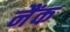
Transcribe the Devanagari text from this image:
नैंक